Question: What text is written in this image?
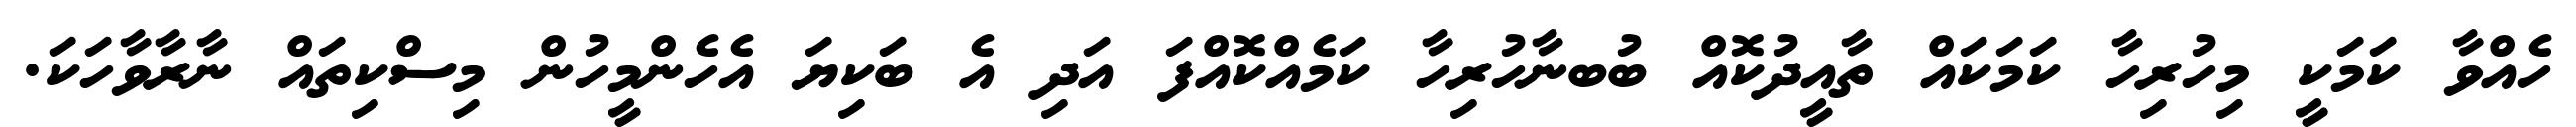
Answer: ހެއްވާ ކަމަކީ މިހުރިހާ ކަމަކައް ތާއީދުކޮއް ބުބނާހުރިހާ ކަމެއްކޮއްފަ އަދި އެ ބަކިޔަ އެހެންމީހުން މިސްކިތައް ނާރާވާހަކަ.